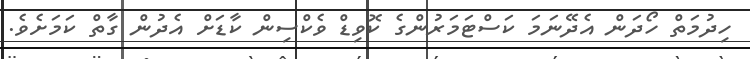
ހިދުމަތް ހޯދަން އެދޭނަމަ ކަސްޓަމަރުންގެ ކޮވިޑް ވެކްސިން ކާޑަށް އެދުން ގާތް ކަމަށެވެ.